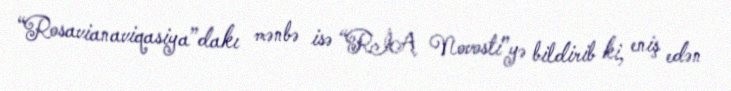
“Rosavianaviqasiya”dakı mənbə isə “RİA Novosti”yə bildirib ki, eniş edən